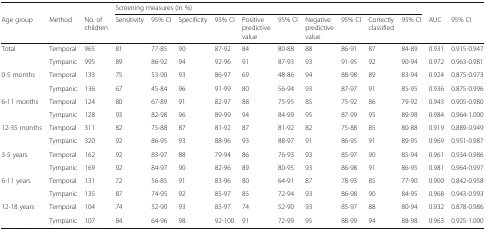
<table><thead><tr><td></td><td></td><td></td><td colspan="10"><b>Screening measures (in %)</b></td><td></td><td></td></tr><tr><td><b>Age group</b></td><td><b>Method</b></td><td><b>No. of children</b></td><td><b>Sensitivity</b></td><td><b>95% CI</b></td><td><b>Specificity</b></td><td><b>95% CI</b></td><td><b>Positive predictive value</b></td><td><b>95% CI</b></td><td><b>Negative predictive value</b></td><td><b>95% CI</b></td><td><b>Correctly classified</b></td><td><b>95% CI</b></td><td><b>AUC</b></td><td><b>95% CI</b></td></tr></thead><tbody><tr><td rowspan="2">Total</td><td>Temporal</td><td>965</td><td>81</td><td>77-85</td><td>90</td><td>87-92</td><td>84</td><td>80-88</td><td>88</td><td>86-91</td><td>87</td><td>84-89</td><td>0.931</td><td>0.915-0.947</td></tr><tr><td>Tympanic</td><td>995</td><td>89</td><td>86-92</td><td>94</td><td>92-96</td><td>91</td><td>87-93</td><td>93</td><td>91-95</td><td>92</td><td>90-94</td><td>0.972</td><td>0.963-0.981</td></tr><tr><td rowspan="2">0-5 months</td><td>Temporal</td><td>133</td><td>75</td><td>53-90</td><td>93</td><td>86-97</td><td>69</td><td>48-86</td><td>94</td><td>88-98</td><td>89</td><td>83-94</td><td>0.924</td><td>0.875-0.973</td></tr><tr><td>Tympanic</td><td>136</td><td>67</td><td>45-84</td><td>96</td><td>91-99</td><td>80</td><td>56-94</td><td>93</td><td>87-97</td><td>91</td><td>85-95</td><td>0.936</td><td>0.875-0.996</td></tr><tr><td rowspan="2">6-11 months</td><td>Temporal</td><td>124</td><td>80</td><td>67-89</td><td>91</td><td>82-97</td><td>88</td><td>75-95</td><td>85</td><td>75-92</td><td>86</td><td>79-92</td><td>0.943</td><td>0.905-0.980</td></tr><tr><td>Tympanic</td><td>128</td><td>93</td><td>82-98</td><td>96</td><td>89-99</td><td>94</td><td>84-99</td><td>95</td><td>87-99</td><td>95</td><td>89-98</td><td>0.984</td><td>0.964-1.000</td></tr><tr><td rowspan="2">12-35 months</td><td>Temporal</td><td>311</td><td>82</td><td>75-88</td><td>87</td><td>81-92</td><td>87</td><td>81-92</td><td>82</td><td>75-88</td><td>85</td><td>80-88</td><td>0.919</td><td>0.889-0.949</td></tr><tr><td>Tympanic</td><td>320</td><td>92</td><td>86-95</td><td>93</td><td>88-96</td><td>93</td><td>88-97</td><td>91</td><td>86-95</td><td>91</td><td>89-95</td><td>0.969</td><td>0.951-0.987</td></tr><tr><td rowspan="2">3-5 years</td><td>Temporal</td><td>162</td><td>92</td><td>83-97</td><td>88</td><td>79-94</td><td>86</td><td>76-93</td><td>93</td><td>85-97</td><td>90</td><td>85-94</td><td>0.961</td><td>0.934-0.986</td></tr><tr><td>Tympanic</td><td>169</td><td>92</td><td>84-97</td><td>90</td><td>82-96</td><td>89</td><td>80-95</td><td>93</td><td>86-98</td><td>91</td><td>86-95</td><td>0.981</td><td>0.964-0.997</td></tr><tr><td rowspan="2">6-11 years</td><td>Temporal</td><td>131</td><td>72</td><td>56-85</td><td>91</td><td>83-96</td><td>80</td><td>64-91</td><td>87</td><td>78-93</td><td>85</td><td>77-90</td><td>0.900</td><td>0.842-0.958</td></tr><tr><td>Tympanic</td><td>135</td><td>87</td><td>74-95</td><td>92</td><td>85-97</td><td>85</td><td>72-94</td><td>93</td><td>86-98</td><td>90</td><td>84-95</td><td>0.968</td><td>0.943-0.993</td></tr><tr><td rowspan="2">12-18 years</td><td>Temporal</td><td>104</td><td>74</td><td>52-90</td><td>93</td><td>85-97</td><td>74</td><td>52-90</td><td>93</td><td>85-97</td><td>88</td><td>80-94</td><td>0.932</td><td>0.878-0.986</td></tr><tr><td>Tympanic</td><td>107</td><td>84</td><td>64-96</td><td>98</td><td>92-100</td><td>91</td><td>72-99</td><td>95</td><td>88-99</td><td>94</td><td>88-98</td><td>0.963</td><td>0.925-1.000</td></tr></tbody></table>